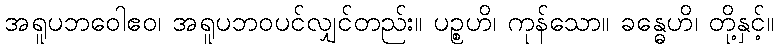
အရူပဘဝေါဧဝ၊ အရူပဘဝပင်လျှင်တည်း။ ပဉ္စဟိ၊ ကုန်သော။ ခန္ဓေဟိ၊ တို့နှင့်။